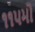
૧૧૫મો